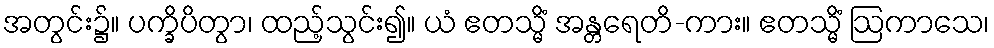
အတွင်း၌။ ပက္ခိပိတွာ၊ ထည့်သွင်း၍။ ယံ ဧတသ္မိံ အန္တရေတိ-ကား။ ဧတသ္မိံ ဩကာသေ၊